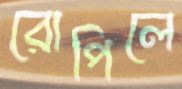
রোপিলে